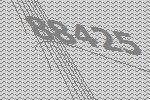
88425